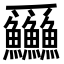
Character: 𪺚